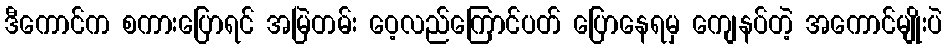
ဒီကောင်က စကားပြောရင် အမြဲတမ်း ဝေ့လည်ကြောင်ပတ် ပြောနေရမှ ကျေနပ်တဲ့ အကောင်မျိုးပဲ